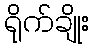
ရိုက်ချိုး